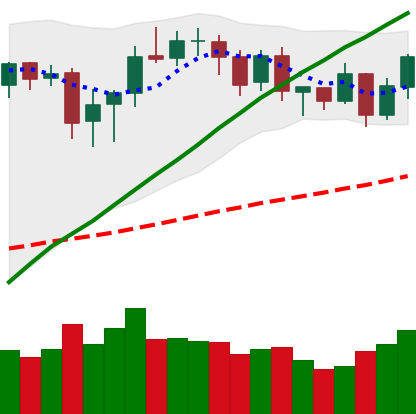
Ticker: BNB-USD
Chart end date: 2020-08-27
Forward return: 7.545%
Label: up_7plus